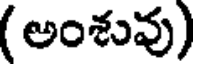
(అంశువు)